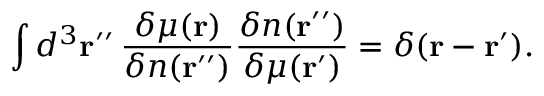
\int d ^ { 3 } \mathbf { r } ^ { \prime \prime } \, { \frac { \delta \mu ( \mathbf { r } ) } { \delta n ( \mathbf { r } ^ { \prime \prime } ) } } { \frac { \delta n ( \mathbf { r } ^ { \prime \prime } ) } { \delta \mu ( \mathbf { r } ^ { \prime } ) } } = \delta ( \mathbf { r } - \mathbf { r } ^ { \prime } ) .